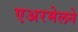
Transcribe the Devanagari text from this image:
एअरमेलने